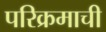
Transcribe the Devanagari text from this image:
परिक्रमाची